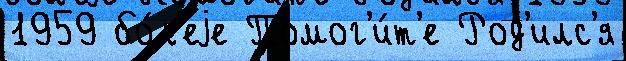
1959 бо́л'еjе Помог'и́т'е Род'илс'я